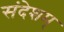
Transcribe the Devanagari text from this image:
संदेशम्